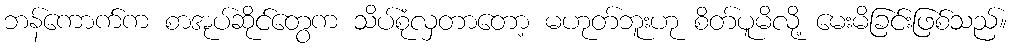
ဘန်ကောက်က စာအုပ်ဆိုင်တွေက သိပ်စုံလှတာတော့ မဟုတ်ဘူးဟု စိတ်ပူမိလို့ မေးမိခြင်းဖြစ်သည်။